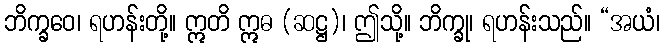
ဘိက္ခဝေ၊ ရဟန်းတို့။ ဣတိ ဣဓ (ဆဋ္ဌ)၊ ဤသို့။ ဘိက္ခု၊ ရဟန်းသည်။ “အယံ၊